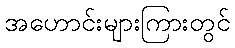
အဟောင်းများကြားတွင်